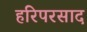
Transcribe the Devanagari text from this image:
हरिपरसाद